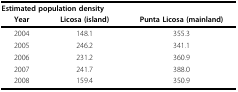
<table><thead><tr><td colspan="3"><b>Estimated population density</b></td></tr><tr><td><b>Year</b></td><td><b>Licosa (island)</b></td><td><b>Punta Licosa (mainland)</b></td></tr></thead><tbody><tr><td>2004</td><td>148.1</td><td>355.3</td></tr><tr><td>2005</td><td>246.2</td><td>341.1</td></tr><tr><td>2006</td><td>231.2</td><td>360.9</td></tr><tr><td>2007</td><td>241.7</td><td>388.0</td></tr><tr><td>2008</td><td>159.4</td><td>350.9</td></tr></tbody></table>